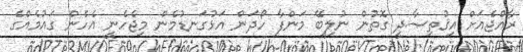
ރާއްޖެއަށް އިޤުތިޞާދީ ގޮތުން ނުލިބޭ މަންފާ ހޯދަން އަޅުގަނޑުމެން މިޖެހެނީ އެހެން ގައުމެއްގެ